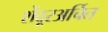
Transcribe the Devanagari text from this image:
शेंदूरअर्चित